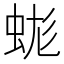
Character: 𧊑